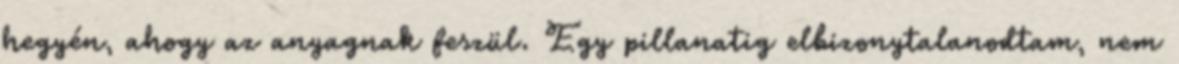
hegyén, ahogy az anyagnak feszül. Egy pillanatig elbizonytalanodtam, nem